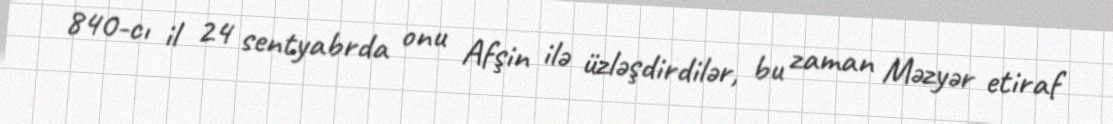
840-cı il 24 sentyabrda onu Afşin ilə üzləşdirdilər, bu zaman Məzyər etiraf